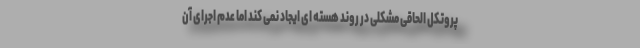
پروتکل الحاقی مشکلی در روند هسته ای ایجاد نمی کند اما عدم اجرای آن